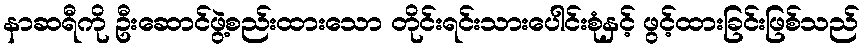
နာဆရီကို ဦးဆောင်ဖွဲ့စည်းထားသော တိုင်းရင်းသားပေါင်းစုံနှင့် ဖွင့်ထားခြင်းဖြစ်သည်